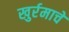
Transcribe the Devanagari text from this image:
खुर्रमाचे